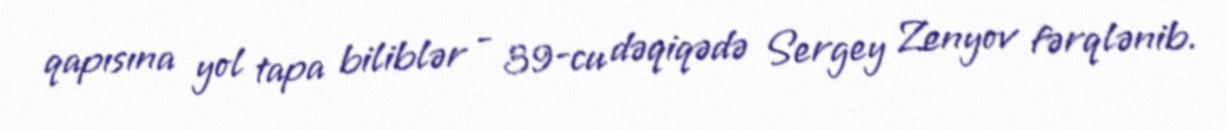
qapısına yol tapa biliblər - 39-cu dəqiqədə Sergey Zenyov fərqlənib.